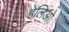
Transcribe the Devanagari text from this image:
हेलिओ